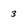
Character: 3